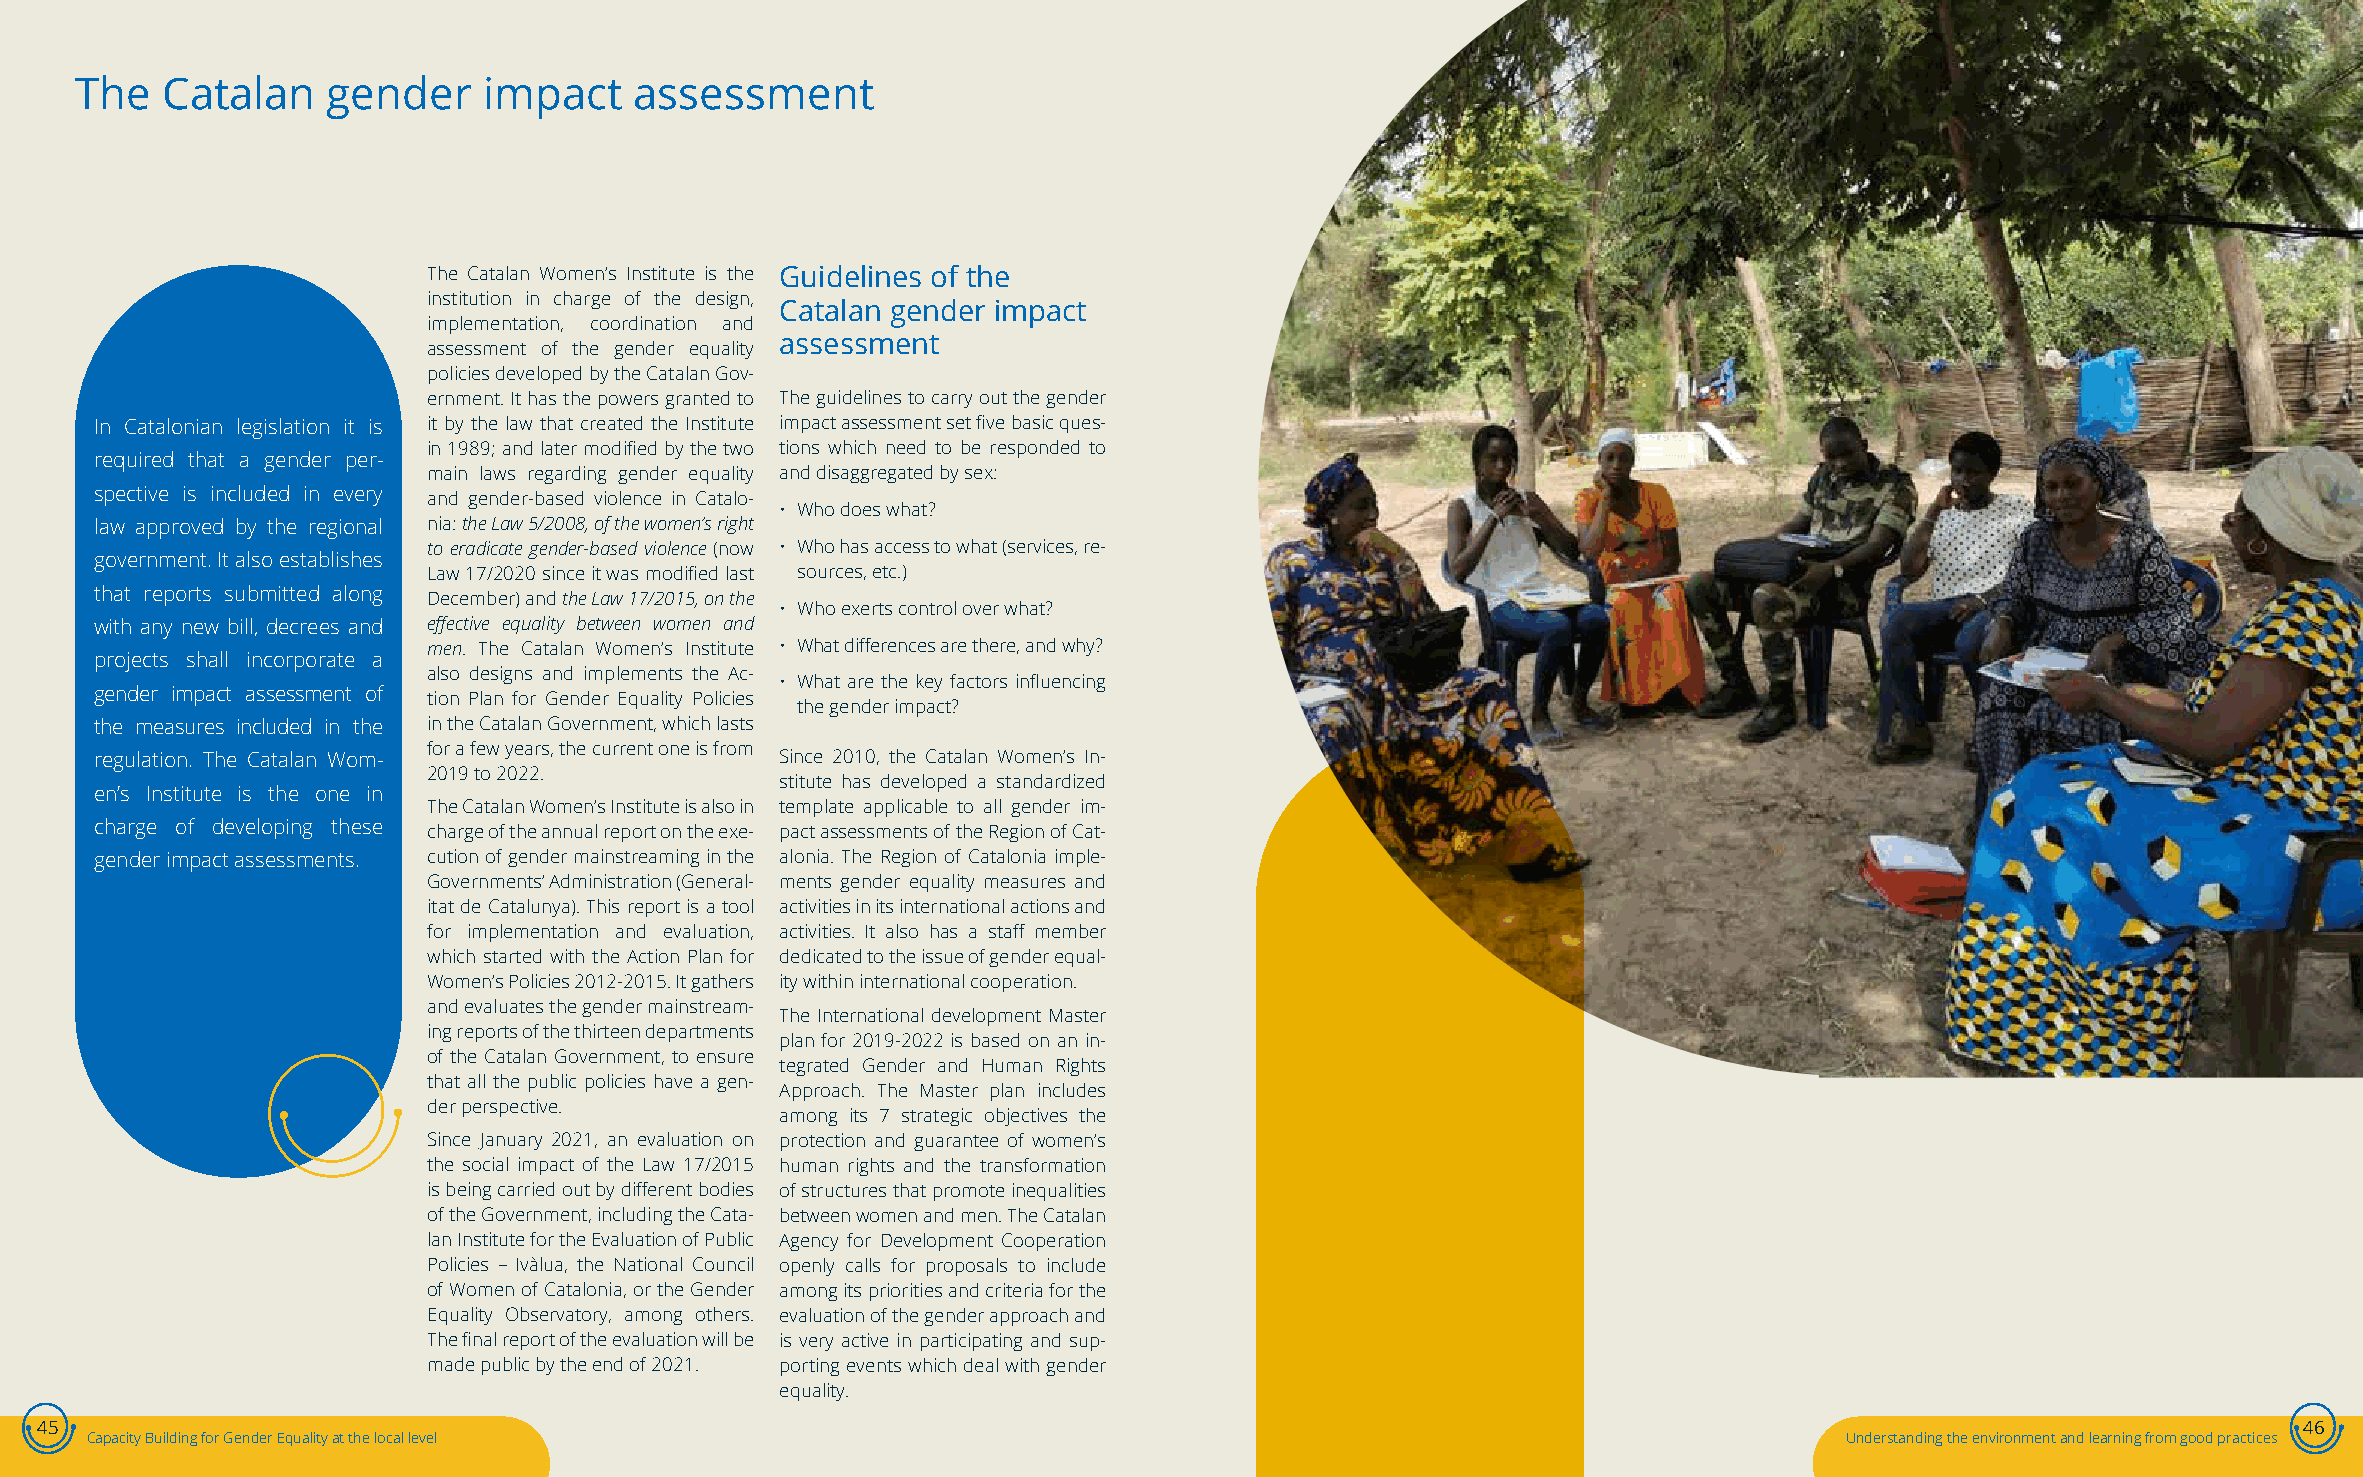
The   Catalan    gender    impact    assessment
 The Catalan Women’s Institute is the Guidelines of the
 institution in charge of the design,
 Catalan gender impact
 implementation, coordination and
 assessment
 assessment of the gender equality
 policies developed by the Catalan Gov-
 ernment. It has the powers granted to The guidelines to carry out the gender
 In Catalonian legislation it is it by the law that created the Institute impact assessment set five basic ques-
 in 1989; and later modified by the two tions which need to be responded to
 required that a gender per-
 main laws regarding gender equality and disaggregated by sex:
 spective is included in every and gender-based violence in Catalo-
 • Who does what?
 law approved by the regional nia: the Law 5/2008, of the women’s right
 to eradicate gender-based violence (now • Who has access to what (services, re-
 government. It also establishes
 Law 17/2020 since it was modified last sources, etc.)
 that reports submitted along December) and the Law 17/2015, on the
 • Who exerts control over what?
 with any new bill, decrees and effective equality between women and
 men. The Catalan Women’s Institute • What differences are there, and why?
 projects shall incorporate a
 also designs and implements the Ac-
 • What are the key factors influencing
 gender impact assessment of tion Plan for Gender Equality Policies
 the gender impact?
 the measures included in the in the Catalan Government, which lasts
 for a few years, the current one is from
 regulation. The Catalan Wom-                  Since 2010, the Catalan Women’s In-
 2019 to 2022.
 stitute has developed a standardized
 en’s Institute is the one in
 The Catalan Women’s Institute is also in template applicable to all gender im-
 charge of developing these charge of the annual report on the exe- pact assessments of the Region of Cat-
 gender impact assessments. cution of gender mainstreaming in the alonia. The Region of Catalonia imple-
 Governments’ Administration (General- ments gender equality measures and
 itat de Catalunya). This report is a tool activities in its international actions and
 for implementation and evaluation, activities. It also has a staff member
 which started with the Action Plan for dedicated to the issue of gender equal-
 Women’s Policies 2012-2015. It gathers ity within international cooperation.
 and evaluates the gender mainstream-
 The International development Master
 ing reports of the thirteen departments
 plan for 2019-2022 is based on an in-
 of the Catalan Government, to ensure
 tegrated Gender and Human Rights
 that all the public policies have a gen-
 Approach. The Master plan includes
 der perspective.
 among its 7 strategic objectives the
 Since January 2021, an evaluation on protection and guarantee of women’s
 the social impact of the Law 17/2015 human rights and the transformation
 is being carried out by different bodies of structures that promote inequalities
 of the Government, including the Cata- between women and men. The Catalan
 lan Institute for the Evaluation of Public Agency for Development Cooperation
 Policies – Ivàlua, the National Council openly calls for proposals to include
 of Women of Catalonia, or the Gender among its priorities and criteria for the
 Equality Observatory, among others. evaluation of the gender approach and
 The final report of the evaluation will be is very active in participating and sup-
 made public by the end of 2021. porting events which deal with gender
 equality.
 45                                                                                                                                                    46
 Capacity Building for Gender Equality at the local level                                                            Understanding the environment and learning from good practices